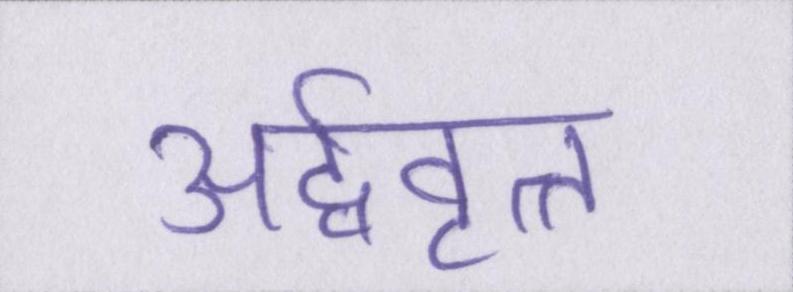
अर्द्ववृत्त